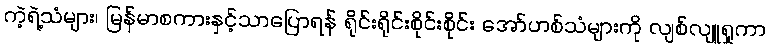
ကဲ့ရဲ့သံများ၊ မြန်မာစကားနှင့်သာပြောရန် ရိုင်းရိုင်းစိုင်းစိုင်း အော်ဟစ်သံများကို လျစ်လျူရှုကာ